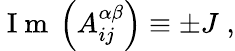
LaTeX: \mathrm{~I~m~}\left(A_{ij}^{\alpha\beta}\right)\equiv\pm J\; ,